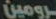
رومين